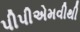
પીપીએમવીથી